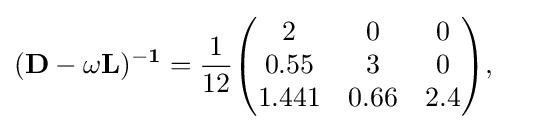
{\begin{aligned}&\mathbf {(D-\omega L)^{-1}} ={\frac {1}{12}}{\begin{pmatrix}2&0&0\\0.55&3&0\\1.441&0.66&2.4\end{pmatrix}},\end{aligned}}